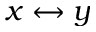
x \leftrightarrow y